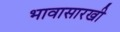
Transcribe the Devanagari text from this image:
भावासारखी